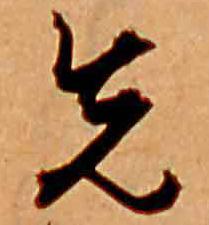
先